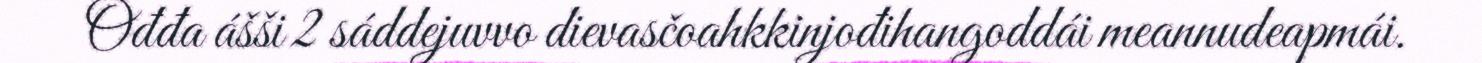
Ođđa ášši 2 sáddejuvvo dievasčoahkkinjođihangoddái meannudeapmái.